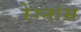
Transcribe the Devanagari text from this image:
रेग्नांस